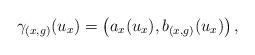
LaTeX: \begin{align*}\gamma_{(x,g)}(u_x)=\left(a_x(u_x),b_{(x,g)}(u_x)\right),\end{align*}